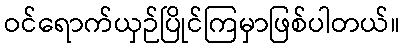
ဝင်ရောက်ယှဉ်ပြိုင်ကြမှာဖြစ်ပါတယ်။